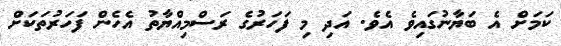
ކަމަށް އެ ބަޔާނުގައިވެ އެވެ. އަދި މި ފަހަރުގެ ރަސްމިއްޔާތު އެހެން ފަހަރުތަކަށް